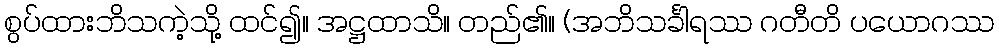
စွပ်ထားဘိသကဲ့သို့ ထင်၍။ အဋ္ဌထာသိ။ တည်၏။ (အဘိသင်္ခါရဿ ဂတီတိ ပယောဂဿ